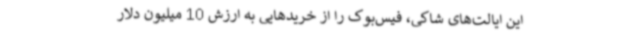
این ایالت‌های شاکی، فیس‌بوک را از خریدهایی به ارزش 10 میلیون دلار